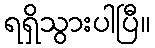
ရရှိသွားပါပြီ။